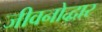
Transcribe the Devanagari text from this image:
जीवनोद्धार